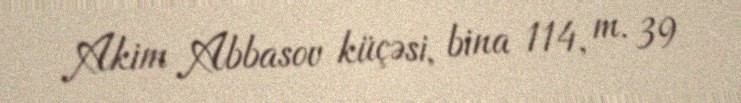
Akim Abbasov küçəsi, bina 114, m. 39